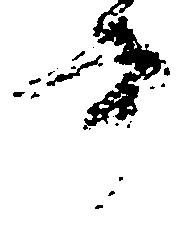
書